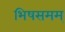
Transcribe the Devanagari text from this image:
भिषसमम्